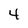
Character: 4